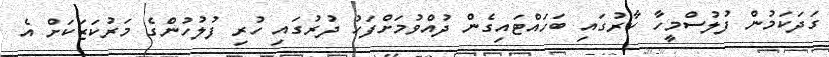
ގަދަކަމުން ފުލުސްމީހާ ކާރުގައި ބަހައްޓައިގެން ދުއްވުމަށްފަހު ދުރުގައި ހުރި ފުލުހުންގެ މަރުކަޒަކަށް އެ